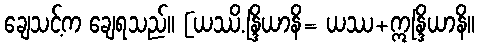
ချေသင့်က ချေရသည်။ [ယဿိ.န္ဒြိယာနိ= ယဿ+ဣန္ဒြိယာနိ။